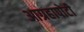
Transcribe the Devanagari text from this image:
आग्रहापोटी